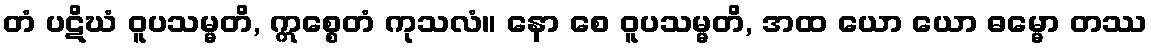
တံ ပဋိဃံ ဝူပသမ္မတိ, ဣစ္စေတံ ကုသလံ။ နော စေ ဝူပသမ္မတိ, အထ ယော ယော ဓမ္မော တဿ